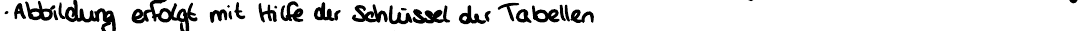
- Abbildung erfolgt mit Hilfe der Schlüssel der Tabellen